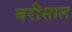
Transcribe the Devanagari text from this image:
बरीसाल